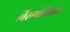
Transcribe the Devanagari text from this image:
विरूणीविलास